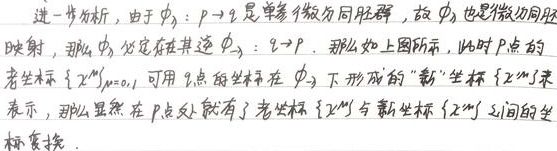
进一步分析，由于\(\phi:p\rightarrow q\)是单参数微分同胚群，故\(\phi\)也是微分同胚映射，那么\(\phi\)必定存在其逆\(\phi^{-1}:q\rightarrow p\)。那么如上图所示，此时\(P\)点的老坐标\(\{x^{M}\}_{M = 0,1}\)可用\(q\)点的坐标在\(\phi^{-1}\)下形成的“新”坐标\(\{x^{\prime M}\}\)来表示，那么显然在\(P\)点处就有了老坐标\(\{x^{M}\}\)与新坐标\(\{x^{\prime M}\}\)之间的坐标变换。